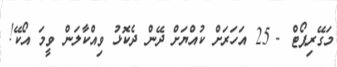
މަގޭރިޕޯޓް - 25 އަހަރަށް ކުއްޔަށް ދޭން ދެކޮޅު ވިއްކާލަން ވީމަ އޯކޭ!